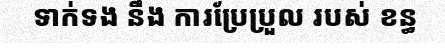
ទាក់ទង នឹង ការប្រែប្រួល របស់ ខន្ធ